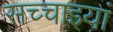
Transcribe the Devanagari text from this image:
सच्चाइयां